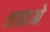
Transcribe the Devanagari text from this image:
थानाओ